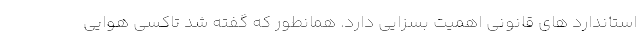
استاندارد های قانونی اهمیت بسزایی دارد. همانطور که گفته شد تاکسی هوایی